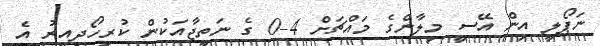
ނަޕޯލީ އިން އޭސީ މިލާންގެ މައްޗަށް 4-0 ގެ ނަތީޖާއަކުން ކުރިހޯދިއިރު އެ